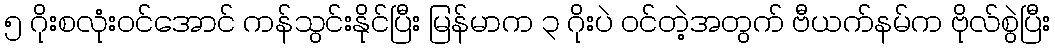
၅ ဂိုးစလုံးဝင်အောင် ကန်သွင်းနိုင်ပြီး မြန်မာက ၃ ဂိုးပဲ ဝင်တဲ့အတွက် ဗီယက်နမ်က ဗိုလ်စွဲပြီး